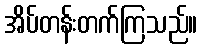
အိပ်တန်းတက်ကြသည်။